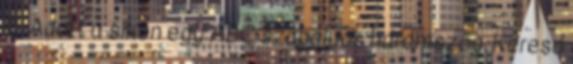
2. Adott a síkon egy ABC szabályos háromszög. Keresd